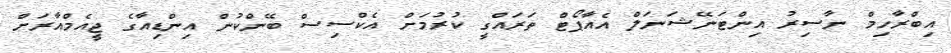
އިބްރާހިމް ނާސިރު އިންޓަނޭޝަނަލް އެއާޕޯޓް ތަރައްގީ ކުރުމަށް އެކްސިސް ބޭންކުން އިންޑިއާގެ ޖީއެމްއާރަށް